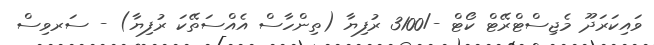
ވައިކަރަދޫ މެޖިސްޓްރޭޓް ކޯޓް -/3100 ރުފިޔާ (ތިންހާސް އެއްސަތޭކަ ރުފިޔާ) - ސަރވިސް